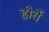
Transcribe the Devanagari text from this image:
होर्बे